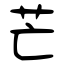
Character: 芒